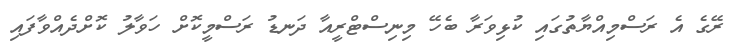
ރޭގެ އެ ރަސްމިއްޔާތުގައި ކުޅިވަރާ ބެހޭ މިނިސްޓްރީއާ ދަނޑު ރަސްމީކޮށް ހަވާލު ކޮށްދެއްވާފައި